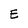
Character: E